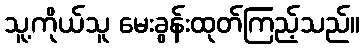
သူ့ကိုယ်သူ မေးခွန်းထုတ်ကြည့်သည်။